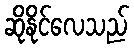
ဆိုနိုင်လေသည်